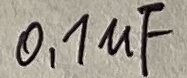
Text: 0,1µF